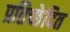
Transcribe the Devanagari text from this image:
प्रतिच्छेदित